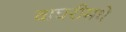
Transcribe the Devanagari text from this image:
वाघरीमधे